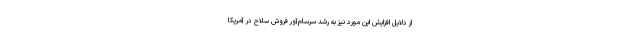
از دلایل افزایش این مورد نیز به رشد سرسام‌آور فروش سلاح در آمریکا